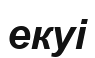
екуі